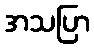
အသပြာ